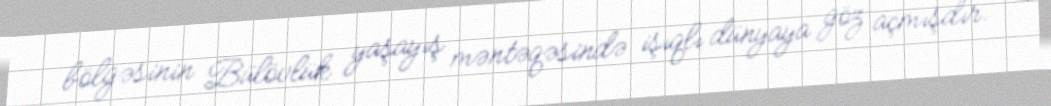
bölgəsinin Bülövlük yaşayış məntəqəsində işıqlı dünyaya göz açmışdır.